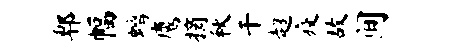
郫幅螭鹰摘秋干超疫故间